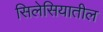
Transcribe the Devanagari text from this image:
सिलेसियातील